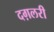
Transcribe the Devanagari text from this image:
दग़लरी